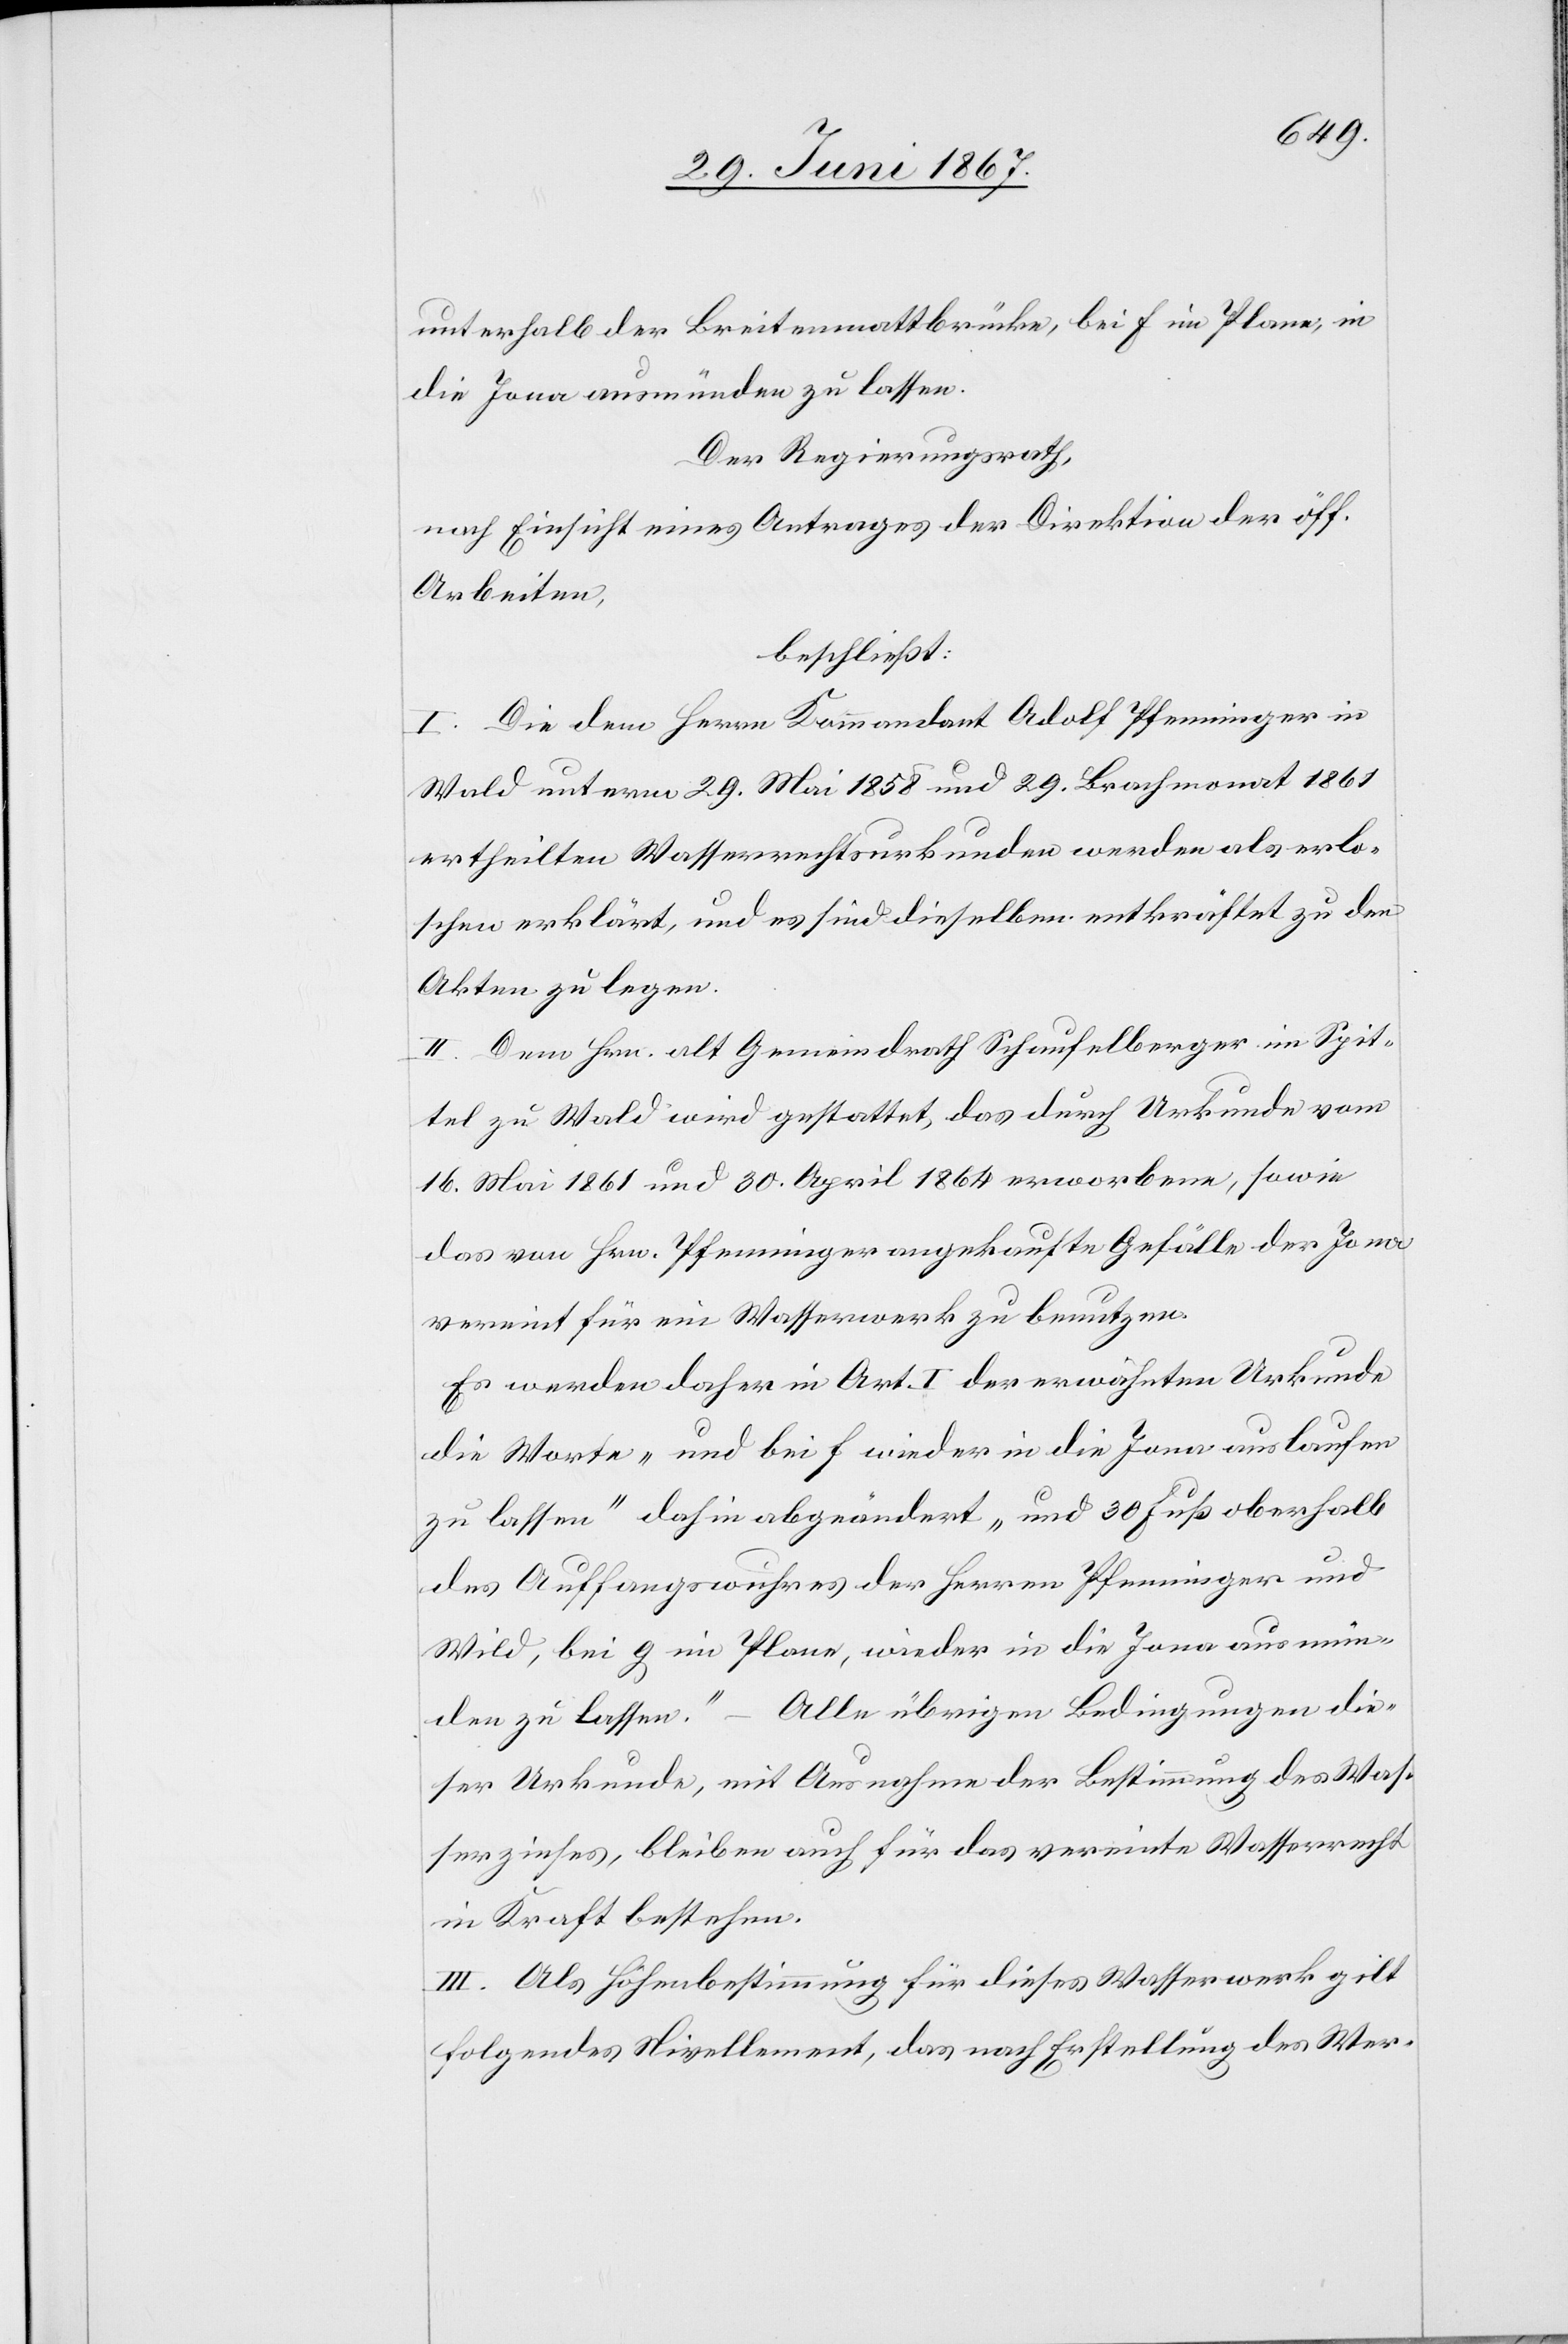
unterhalb der Breitenmattbrücke, bei f im Plane, in
die Jona ausmünden zu lassen.
Der Regierungsrath,
nach Einsicht eines Antrages der Direktion der öff.
Arbeiten,
beschließt:
I. Die dem Herrn Kommandant Adolf Pfenninger in
Wald unterm 29. Mai 1858 und 29. Brachmonat 1861
ertheilten Wasserrechtsurkunden werden als erlo¬
schen erklärt, und es sind dieselben entkräftet zu den
Akten zu legen.
II. Dem Hrn. alt Gemeindrath Schaufelberger im Spit¬
tel zu Wald wird gestattet, das durch Urkunde vom
16. Mai 1861 und 30. April 1864 erworbene, sowie
das von Hrn. Pfenninger angekaufte Gefälle der Jona
vereint für ein Wasserwerk zu benutzen.
Es werden daher in Art. I der erwähnten Urkunde
des Auffangswuhres der Herren Pfenninger und
Wild, bei g im Plane, wieder in die Jona ausmün¬
den zu lassen.“ – Alle übrigen Bedingungen die¬
ser Urkunde, mit Ausnahme der Bestimmung des Was¬
serzinses, bleiben auch für das vereinte Wasserrecht
in Kraft bestehen.
III. Als Höhenbestimmung für dieses Wasserwerk gilt
folgendes Nivellement, das nach Erstellung des Wer-